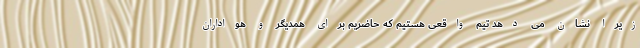
زیرا نشان می دهد تیم واقعی هستیم که حاضریم برای همدیگر و هواداران